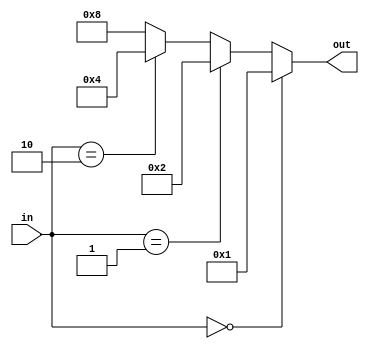
`timescale 1ns / 1ps
//////////////////////////////////////////////////////////////////////////////////
// Company: 
// Engineer: 
// 
// Design Name: 
// Module Name: two_to_four_decoder
// Project Name: 
// Target Devices: 
// Tool Versions: 
// Description: 
// 
// Dependencies: 
// 
// Revision:
// Revision 0.01 - File Created
// Additional Comments:
// 
//////////////////////////////////////////////////////////////////////////////////


module two_to_four_decoder(
    input      [1:0] in,
    output reg [3:0] out
    );
    
//    // Method 1 using boolean logic:
//    assign out[0] = ~in[0] & ~in[1];
//    assign out[1] = in[0] & ~in[1];
//    assign out[2] = ~in[0] & in[1];
//    assign out[3] = in[0] & in[1];
    
    
//    // Method 2 using case statement:
//    function [6:0] decode2to4;
//        input [3:0] in_digit;
//        begin
//            case (in_digit)
//                2'h0 : decode2to4 = 4'b0001;
//                2'h1 : decode2to4 = 4'b0010;
//                2'h2 : decode2to4 = 4'b0100;
//                2'h3 : decode2to4 = 4'b1000;
//                default: decode2to4 = 4'b0000;
//            endcase
//        end
//    endfunction
    
//    assign out = decode2to4( in );
    
    always @ (in)
    begin
        if      ( in == 2'h0 ) out = 4'b0001;
        else if ( in == 2'h1 ) out = 4'b0010;
        else if ( in == 2'h2 ) out = 4'b0100;
        else                   out = 4'b1000;  // ( in == 2'h3 )
    end
    
endmodule